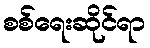
စစ်ရေးဆိုင်ရာ